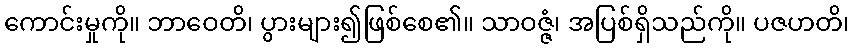
ကောင်းမှုကို။ ဘာဝေတိ၊ ပွားများ၍ဖြစ်စေ၏။ သာဝဇ္ဇံ၊ အပြစ်ရှိသည်ကို။ ပဇဟတိ၊